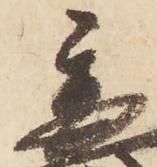
秀